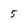
Character: 5